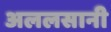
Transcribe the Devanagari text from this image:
अललसानी